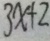
3 x + 2